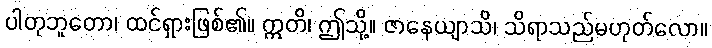
ပါတုဘူတော၊ ထင်ရှားဖြစ်၏။ ဣတိ၊ ဤသို့။ ဇာနေယျာသိ၊ သိရာသည်မဟုတ်လော။